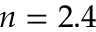
n = 2 . 4